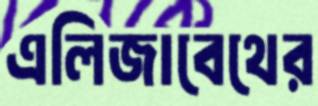
এলিজাবেথের